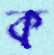
ক্